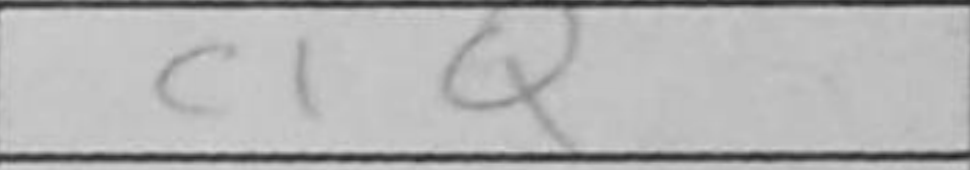
Transcription: c1Q